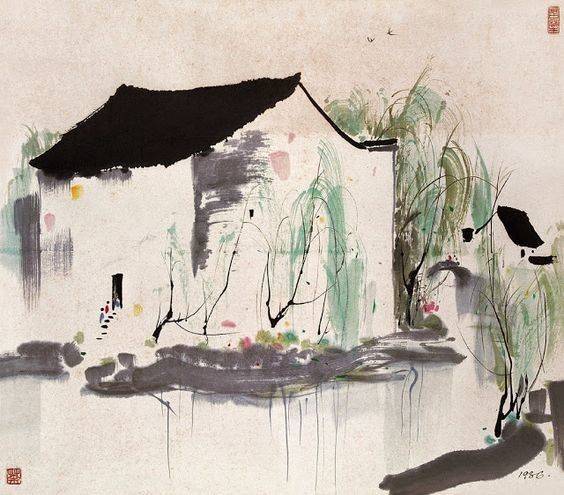
寄言俦侣，莫负广寒沈醉。